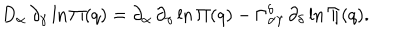
D _ { \alpha } \, \partial _ { \gamma } \ln \Pi ( q ) = \partial _ { \alpha } \, \partial _ { \gamma } \ln \Pi ( q ) - \Gamma _ { \alpha \gamma } ^ { \delta } \, \partial _ { \delta } \ln \Pi ( q ) .